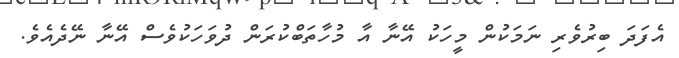
އެފަދަ ބިރުވެރި ނަމަކުން މީހަކު އޭނާ އާ މުހާތަބްކުރަން ދުވަހަކުވެސް އޭނާ ނޭދެއެވެ.